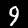
Label: 9